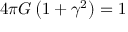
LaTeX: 4 \pi G \left( 1 + \gamma ^ { 2 } \right) = 1